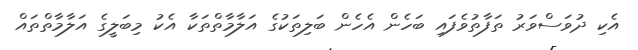
އެކި ދުވަސްވަރު ތަފާތުވެފައި ބަހެން އެހެން ބަލިތަކުގެ އަލާމާތްތަކާ އެކު މިބަލީގެ އަލާމާތްތައް